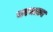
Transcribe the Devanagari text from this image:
चरमतत्व